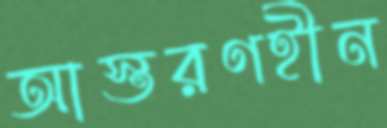
আস্তরণহীন